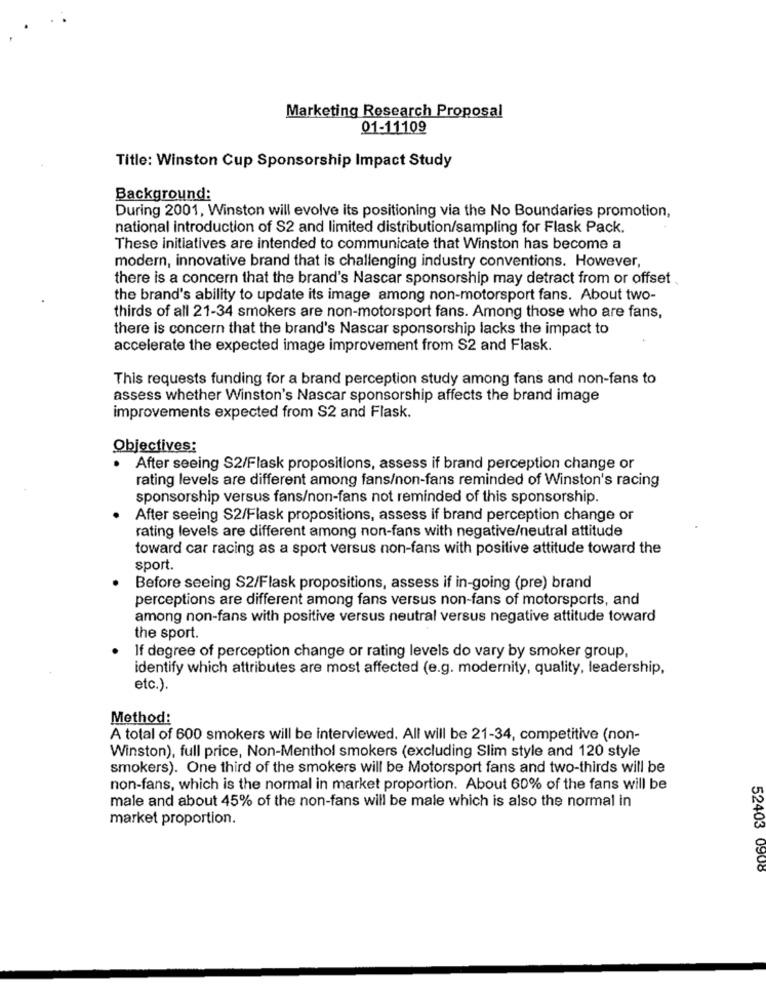
Marketing Research Proposal
01-11109
Title: Winston Cup Sponsorship Impact Study
Background:
During 2001, Winston will evolve its positioning via the No Boundaries promotion,
national introduction of S2 and limited distribution/sampling for Flask Pack.
These initiatives are intended to communicate that Winston has become a
modern, innovative brand that is challenging industry conventions. However,
there is a concern that the brand's Nascar sponsorship may detract from or offset
the brand's ability to update its image among non-motorsport fans. About two-
thirds of all 21-34 smokers are non-motorsport fans. Among those who are fans,
there is concern that the brand's Nascar sponsorship lacks the impact to
accelerate the expected image improvement from S2 and Flask.
This requests funding for a brand perception study among fans and non-fans to
assess whether Winston's Nascar sponsorship affects the brand image
improvements expected from S2 and Flask.
Objectives:
After seeing S2/Flask propositions, assess if brand perception change or
rating levels are different among fans/non-fans reminded of Winston's racing
sponsorship versus fans/non-fans not reminded of this sponsorship.
After seeing S2/Flask propositions, assess if brand perception change or
rating levels are different among non-fans with negative/neutral attitude
toward car racing as a sport versus non-fans with positive attitude toward the
sport.
Before seeing S2/Flask propositions, assess if in-going (pre) brand
perceptions are different among fans versus non-fans of motorsports, and
among non-fans with positive versus neutral versus negative attitude toward
the sport.
If degree of perception change or rating levels do vary by smoker group,
identify which attributes are most affected (e.g. modernity, quality, leadership,
etc.).
Method:
A total of 600 smokers will be interviewed. All will be 21-34, competitive (non-
Winston), full price, Non-Menthol smokers (excluding Slim style and 120 style
smokers). One third of the smokers will be Motorsport fans and two-thirds will be
non-fans, which is the normal in market proportion. About 60% of the fans will be
male and about 45% of the non-fans will be male which is also the normal in
market proportion.
52403 0908